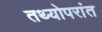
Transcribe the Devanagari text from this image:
तथ्योपरांत